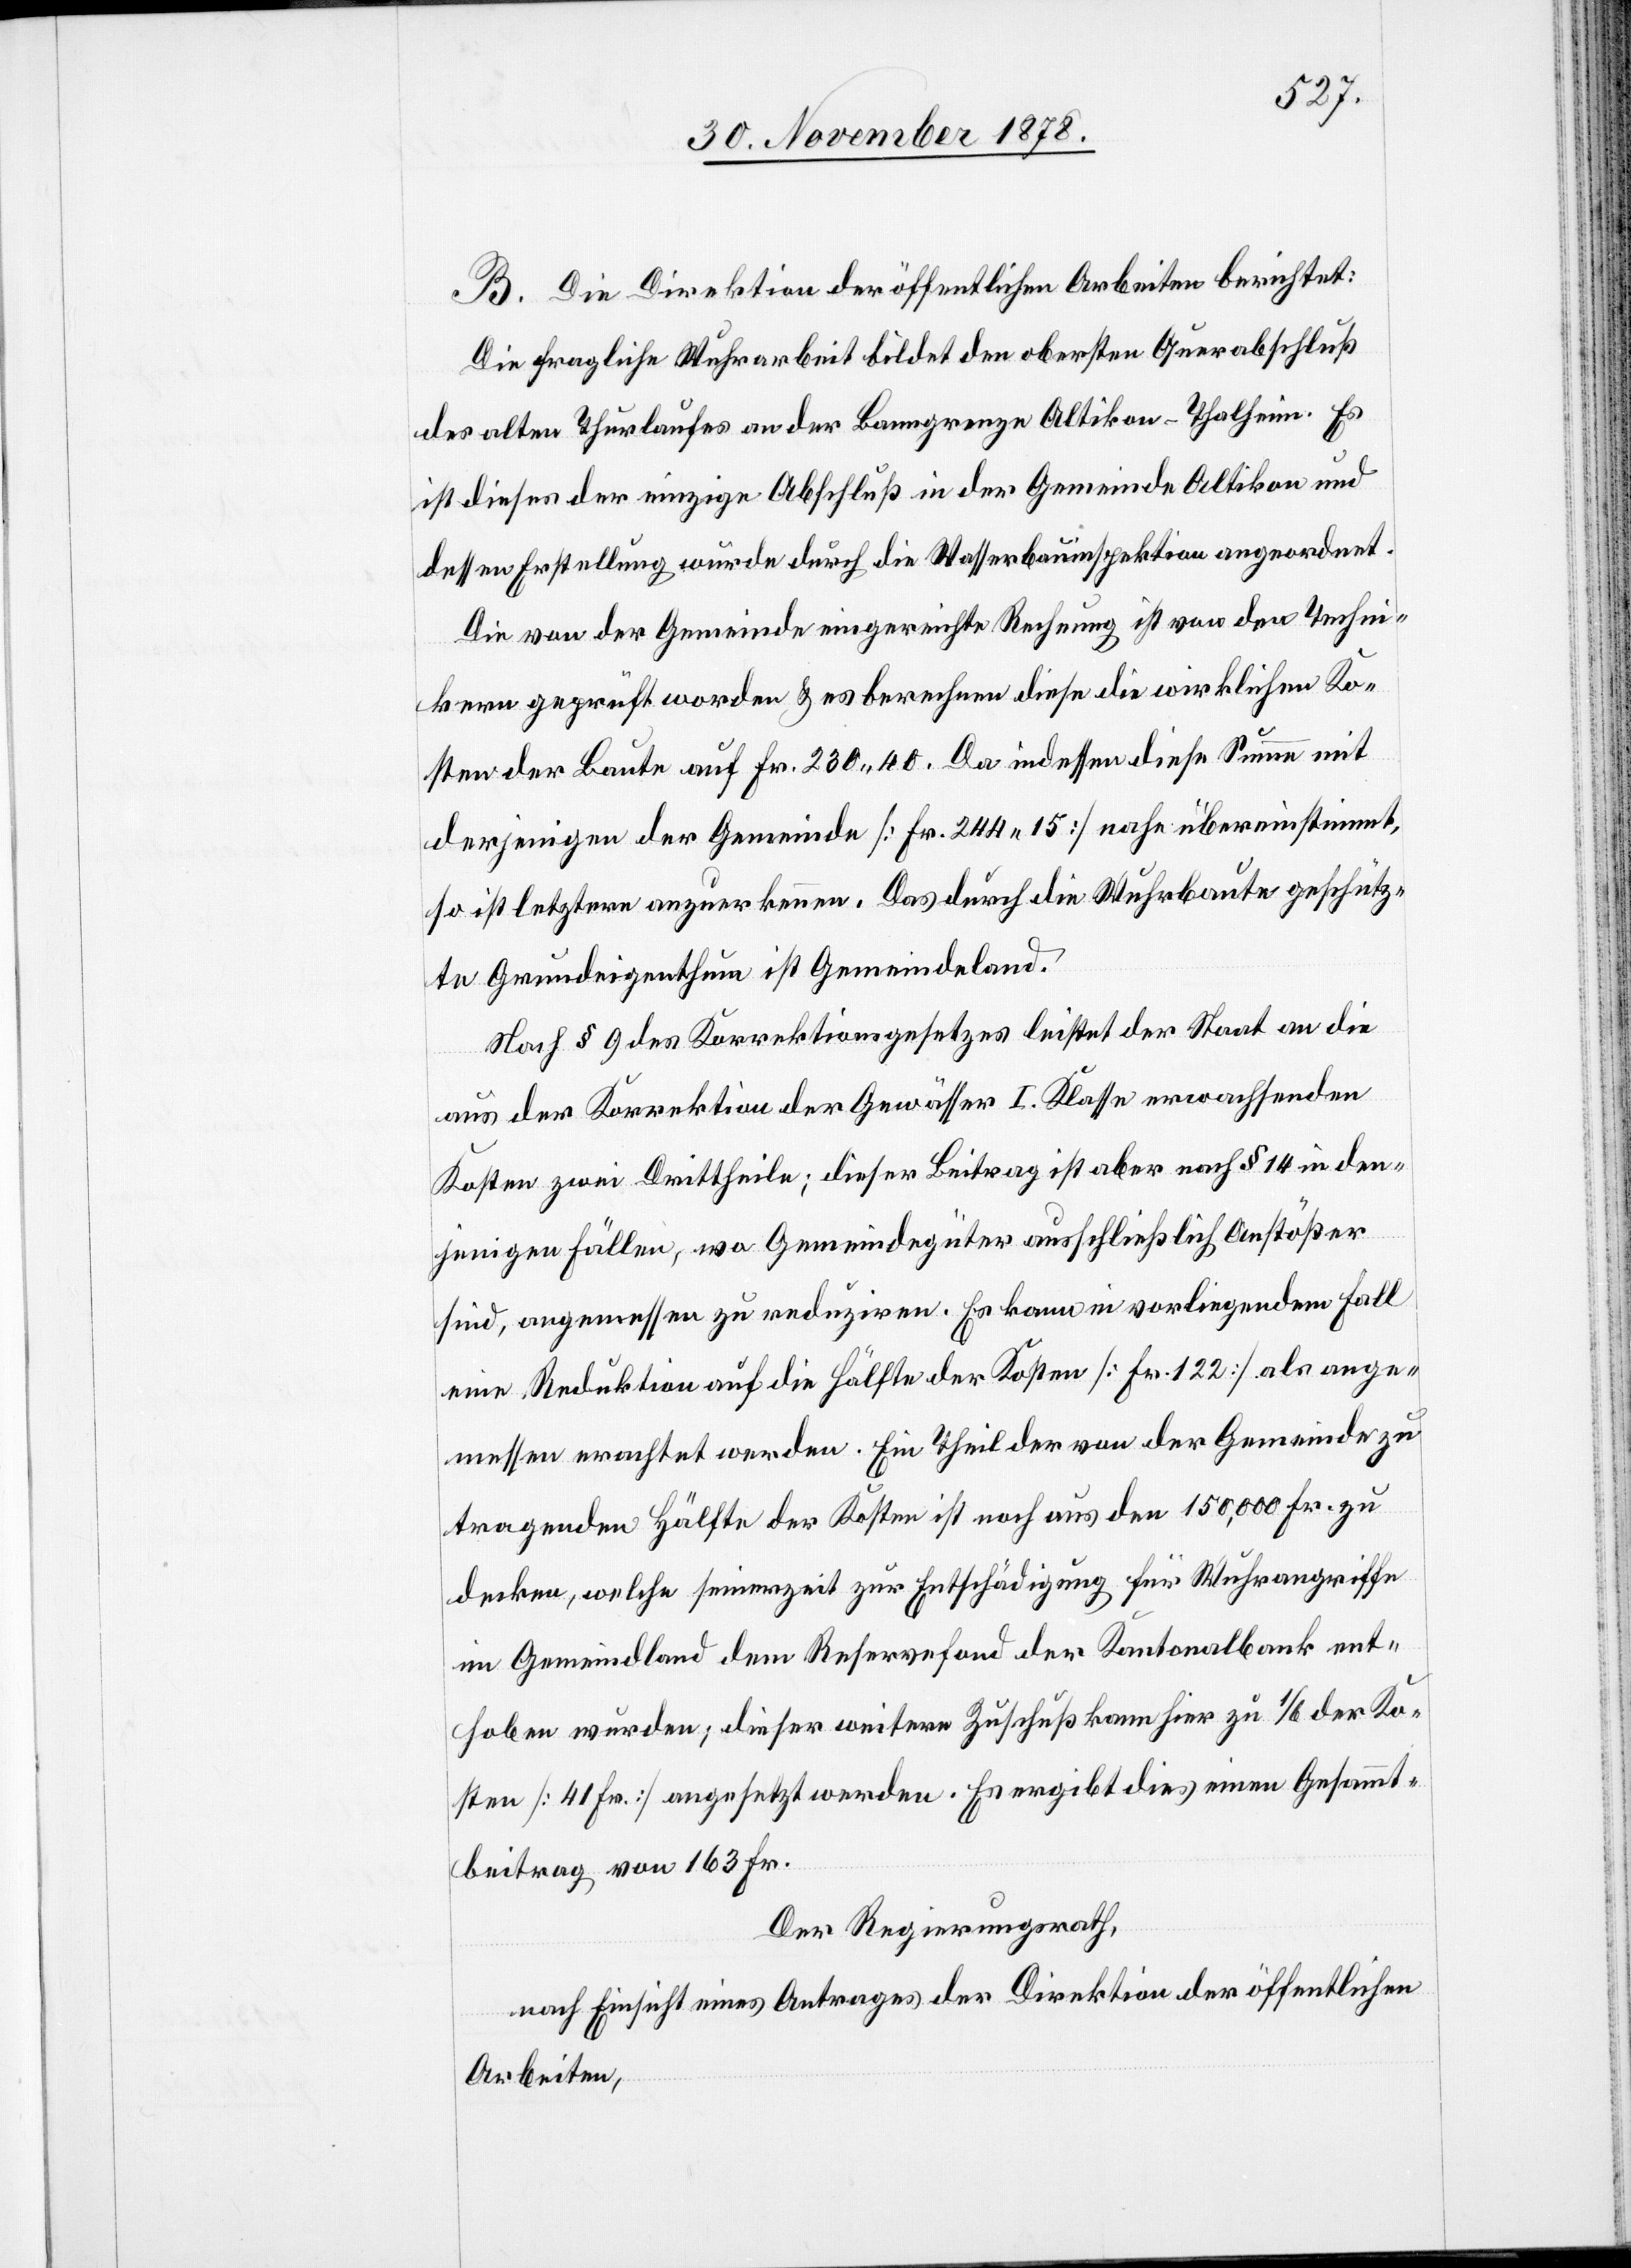
B. Die Direktion der öffentlichen Arbeiten berichtet:
Die fragliche Wuhrarbeit bildet den obersten Querabschluß
des alten Thurlaufes an der Banngrenze Altikon–Thalheim. Es
ist dieses der einzige Abfluß in der Gemeinde Altikon und
dessen Erstellung wurde durch die Wasserbauinspektion angeordnet.
Die von der Gemeinde eingereichte Rechnung ist von den Techni¬
kern geprüft worden & es berechnen diese die wirklichen Ko¬
sten der Baute auf Fr. 230 40. Da indessen diese Summe mit
derjenigen der Gemeinde [Fr. 244 15] nahe übereinstimmt,
so ist letztere anzuerkennen. Das durch die Wuhrbaute geschütz¬
te Grundeigenthum ist Gemeindeland.
Nach § 9 des Korrektionsgesetzes leistet der Staat an die
aus der Korrektion der Gewässer I. Klasse erwachsenden
Kosten zwei Drittheile; dieser Betrag ist aber nach § 14 in den¬
jenigen Fällen, wo Gemeindegüter ausschließlich Anstößer
sind, angemessen zu reduziren. Es kann in vorliegendem Fall
eine Reduktion auf die Hälfte der Kosten [Fr. 122] als ange¬
messen erachtet werden. Ein Theil der von der Gemeinde zu
tragenden Hälfte der Kosten ist noch aus den 150,000 Fr. zu
decken, welche seinerzeit zur Entschädigung für Wuhrangriffe
im Gemeindland dem Reservefond der Kantonalbank ent¬
hoben wurden; dieser weitere Zuschuß kann hier zu 1/6 der Ko¬
sten [41 Fr.] angesetzt werden. Es ergibt dies einen Gesammt¬
beitrag von 163 Fr.
Der Regierungsrath,
nach Einsicht eines Antrages der Direktion der öffentlichen
Arbeiten,